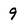
Character: 9